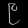
Digit: ၉